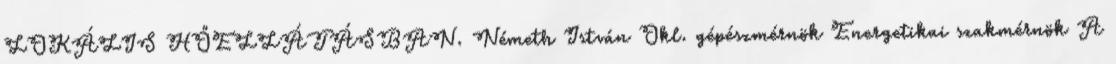
LOKÁLIS HŐELLÁTÁSBAN. Németh István Okl. gépészmérnök Energetikai szakmérnök A